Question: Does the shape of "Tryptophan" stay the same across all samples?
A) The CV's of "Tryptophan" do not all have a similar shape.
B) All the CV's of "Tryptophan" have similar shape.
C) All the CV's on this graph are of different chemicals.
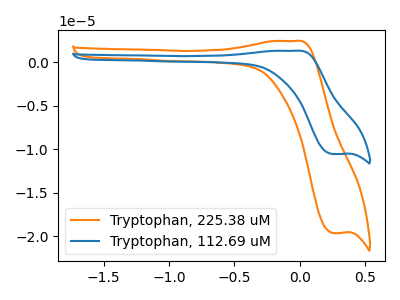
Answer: <think>The orange curve "Tryptophan, 225.38 uM" has an anodic peak at (-0.05V, 2.45uA) and a cathodic peak at (0.25V, -19.65uA). The blue curve "Tryptophan, 112.69 uM" has an anodic peak at (-0.05V, 1.30uA) and a cathodic peak at (0.25V, -10.55uA).
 All the peaks in "Tryptophan, 225.38 uM" have a peak in "Tryptophan, 112.69 uM" at the same potential. Every peak in "Tryptophan, 225.38 uM" is higher than every peak in "Tryptophan, 112.69 uM".</think>
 <answer>B) All the CV's of "Tryptophan" have similar shape.</answer>
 <eval>B</eval>